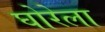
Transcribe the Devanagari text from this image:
घोरेला